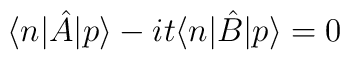
\langle n|\hat{A}|p\rangle - it\langle n|\hat{B}|p\rangle = 0